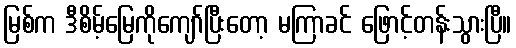
မြစ်က ဒီစိမ့်မြေကိုကျော်ပြီးတော့ မကြာခင် ဖြောင့်တန်းသွားပြီ။